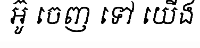
អ៊ូ ចេញ ទៅ យើង